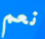
نعم